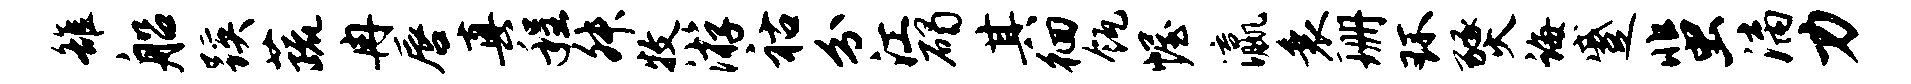
雒船蹊蔬冉唇真程舛牧游祜分江碣其徊瓴幄瀛衰珊环燹诲蹙蜚漓力